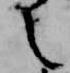
之